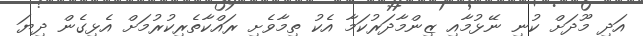
އަދި މޫދަށް ކުނި ނޭޅުމާއި ޒިންމާދަރުކަމާ އެކު ތިމާވެށި ރައްކާތެރިކުރުމަށް އެޅިގެން ދިޔަ